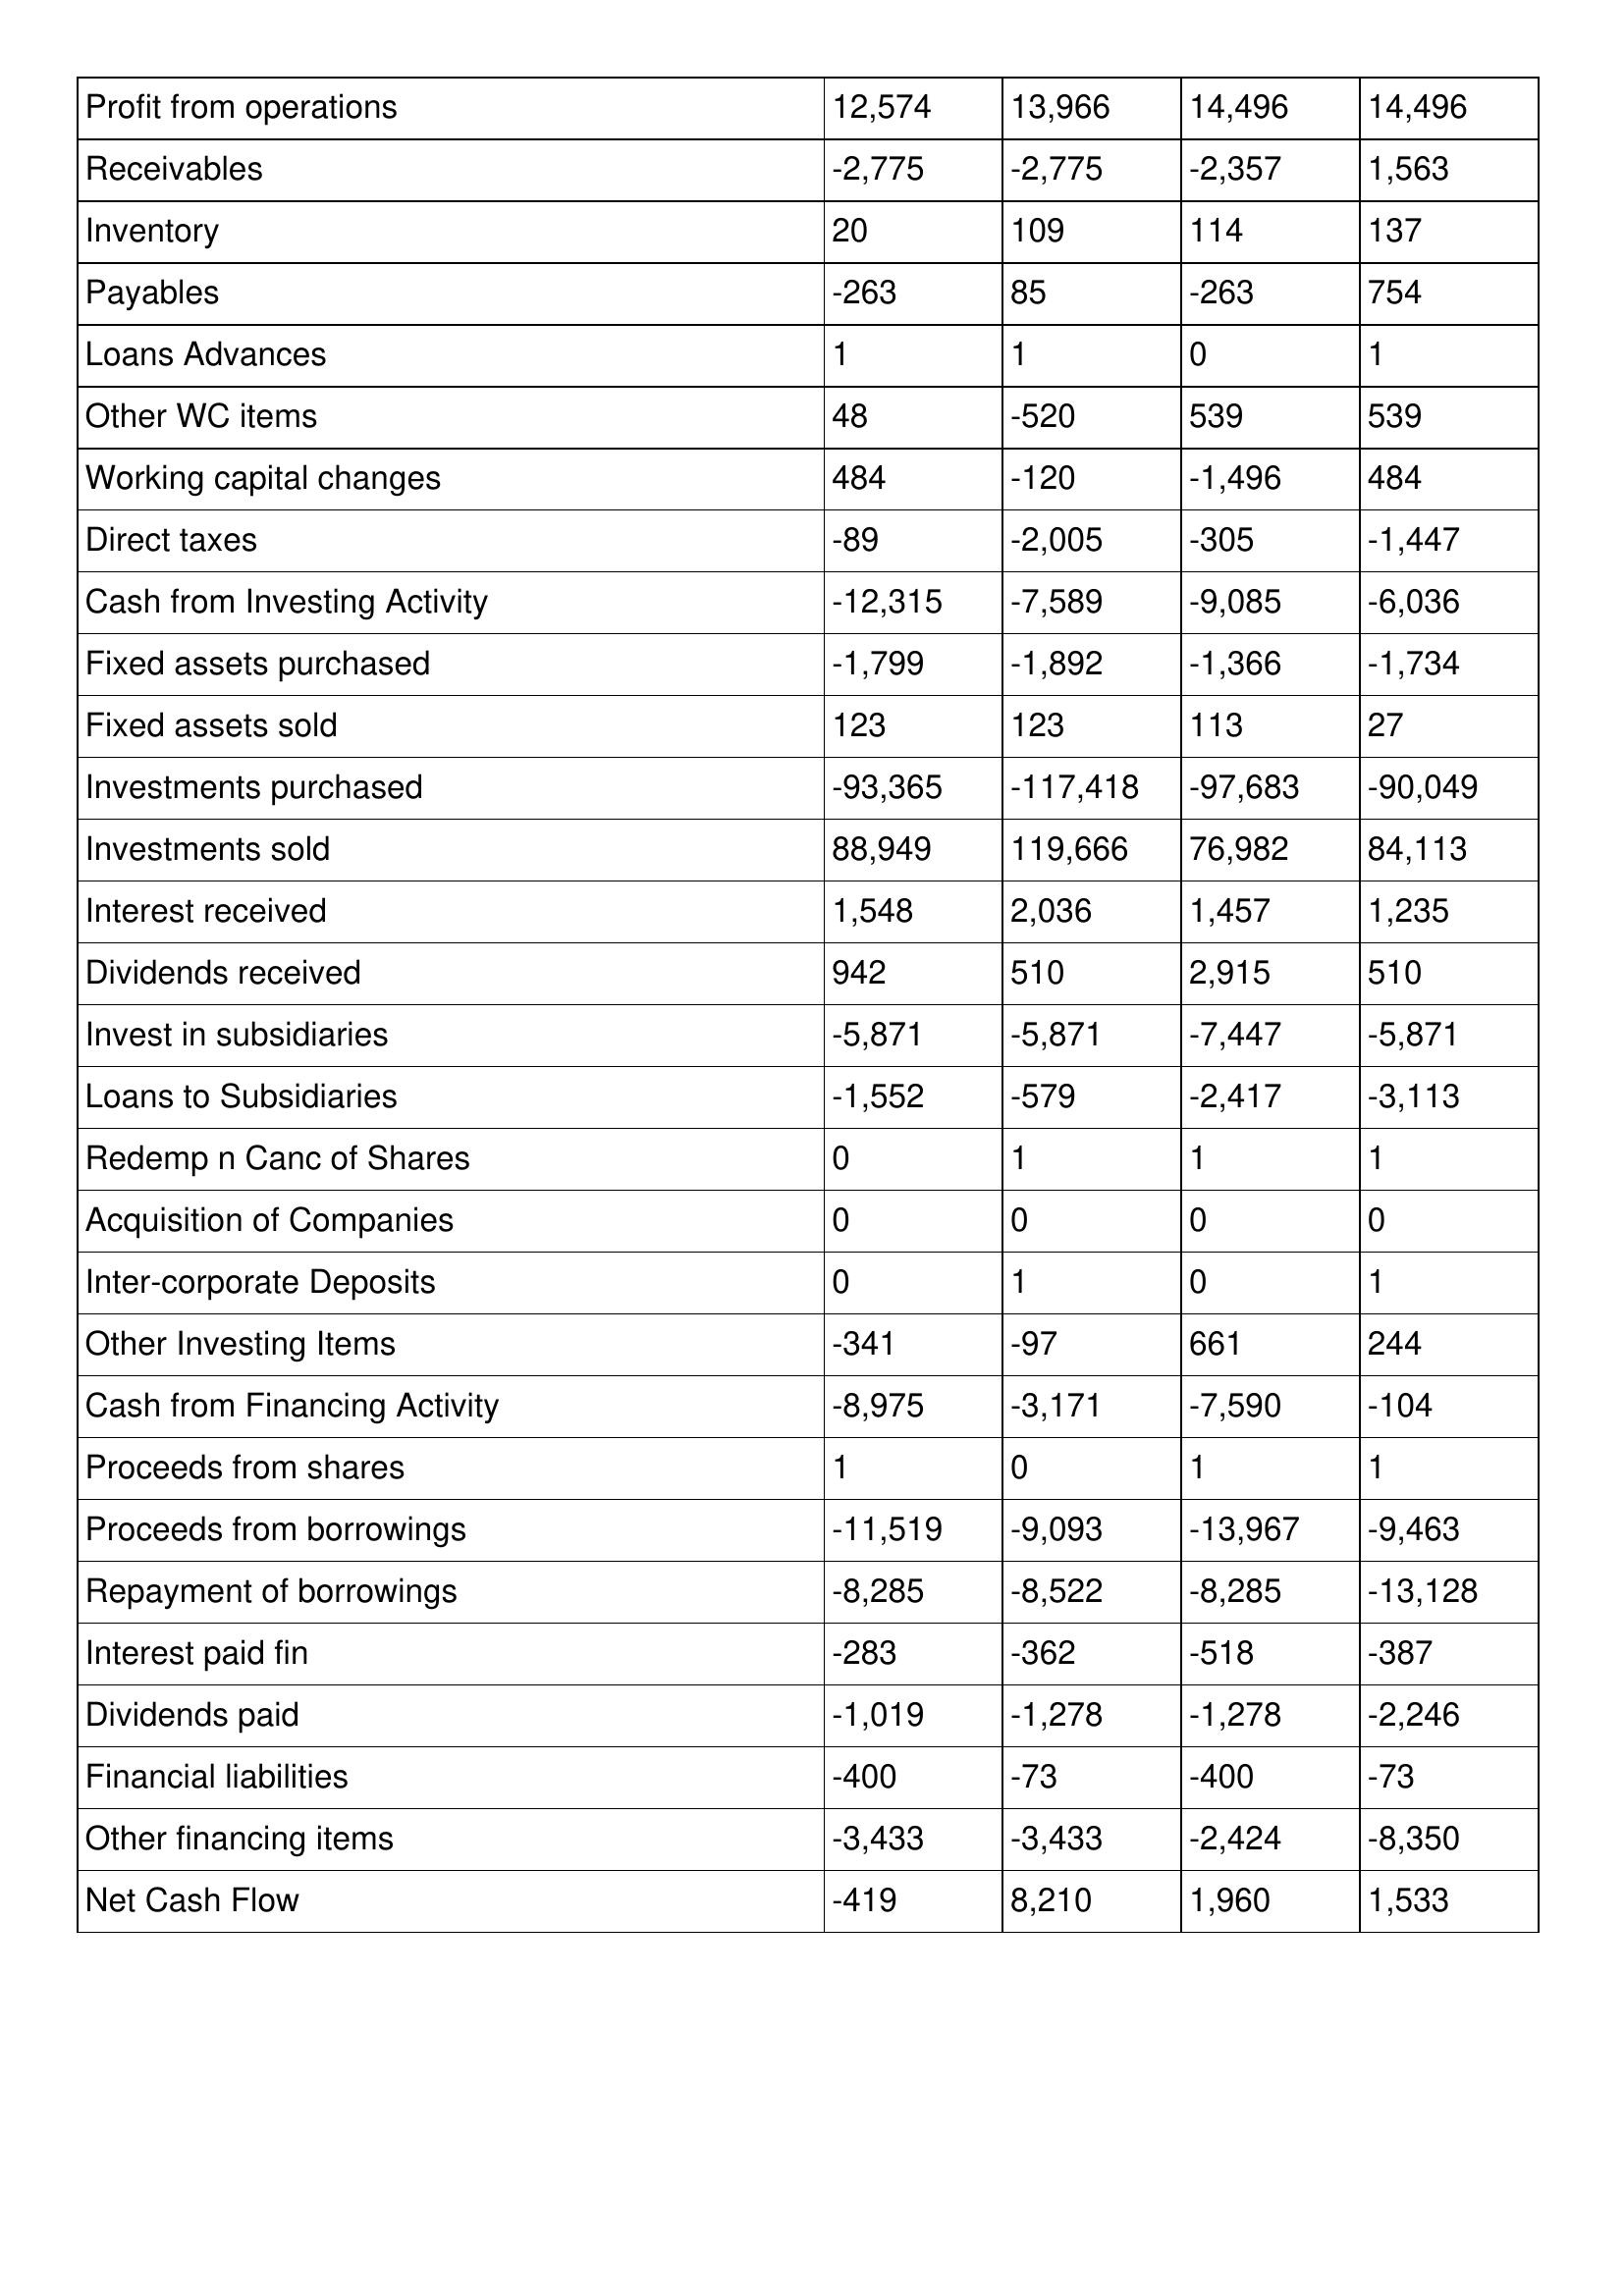
gt_parse: 2019: Cash Flows: Profit from operations: 12,574
Receivables: -2,775
Inventory: 20
Payables: -263
Loans Advances: 1
Other WC items: 48
Working capital changes: 484
Direct taxes: -89
Cash from Investing Activity: -12,315
Fixed assets purchased: -1,799
Fixed assets sold: 123
Investments purchased: -93,365
Investments sold: 88,949
Interest received: 1,548
Dividends received: 942
Invest in subsidiaries: -5,871
Loans to Subsidiaries: -1,552
Redemp n Canc of Shares: 0
Acquisition of Companies: 0
Inter-corporate Deposits: 0
Other Investing Items: -341
Cash from Financing Activity: -8,975
Proceeds from shares: 1
Proceeds from borrowings: -11,519
Repayment of borrowings: -8,285
Interest paid fin: -283
Dividends paid: -1,019
Financial liabilities: -400
Other financing items: -3,433
Net Cash Flow: -419
2018: Cash Flows: Profit from operations: 13,966
Receivables: -2,775
Inventory: 109
Payables: 85
Loans Advances: 1
Other WC items: -520
Working capital changes: -120
Direct taxes: -2,005
Cash from Investing Activity: -7,589
Fixed assets purchased: -1,892
Fixed assets sold: 123
Investments purchased: -117,418
Investments sold: 119,666
Interest received: 2,036
Dividends received: 510
Invest in subsidiaries: -5,871
Loans to Subsidiaries: -579
Redemp n Canc of Shares: 1
Acquisition of Companies: 0
Inter-corporate Deposits: 1
Other Investing Items: -97
Cash from Financing Activity: -3,171
Proceeds from shares: 0
Proceeds from borrowings: -9,093
Repayment of borrowings: -8,522
Interest paid fin: -362
Dividends paid: -1,278
Financial liabilities: -73
Other financing items: -3,433
Net Cash Flow: 8,210
2017: Cash Flows: Profit from operations: 14,496
Receivables: -2,357
Inventory: 114
Payables: -263
Loans Advances: 0
Other WC items: 539
Working capital changes: -1,496
Direct taxes: -305
Cash from Investing Activity: -9,085
Fixed assets purchased: -1,366
Fixed assets sold: 113
Investments purchased: -97,683
Investments sold: 76,982
Interest received: 1,457
Dividends received: 2,915
Invest in subsidiaries: -7,447
Loans to Subsidiaries: -2,417
Redemp n Canc of Shares: 1
Acquisition of Companies: 0
Inter-corporate Deposits: 0
Other Investing Items: 661
Cash from Financing Activity: -7,590
Proceeds from shares: 1
Proceeds from borrowings: -13,967
Repayment of borrowings: -8,285
Interest paid fin: -518
Dividends paid: -1,278
Financial liabilities: -400
Other financing items: -2,424
Net Cash Flow: 1,960
2016: Cash Flows: Profit from operations: 14,496
Receivables: 1,563
Inventory: 137
Payables: 754
Loans Advances: 1
Other WC items: 539
Working capital changes: 484
Direct taxes: -1,447
Cash from Investing Activity: -6,036
Fixed assets purchased: -1,734
Fixed assets sold: 27
Investments purchased: -90,049
Investments sold: 84,113
Interest received: 1,235
Dividends received: 510
Invest in subsidiaries: -5,871
Loans to Subsidiaries: -3,113
Redemp n Canc of Shares: 1
Acquisition of Companies: 0
Inter-corporate Deposits: 1
Other Investing Items: 244
Cash from Financing Activity: -104
Proceeds from shares: 1
Proceeds from borrowings: -9,463
Repayment of borrowings: -13,128
Interest paid fin: -387
Dividends paid: -2,246
Financial liabilities: -73
Other financing items: -8,350
Net Cash Flow: 1,533